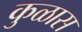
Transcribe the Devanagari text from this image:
कुळास